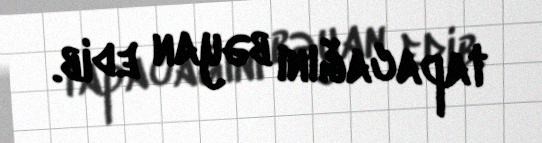
tapacağını bəyan edib.